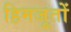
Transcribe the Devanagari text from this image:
हिमजूतों